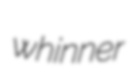
whinner